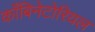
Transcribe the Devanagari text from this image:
काँबिनेटोरियल